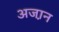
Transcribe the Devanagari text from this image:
अजा़न